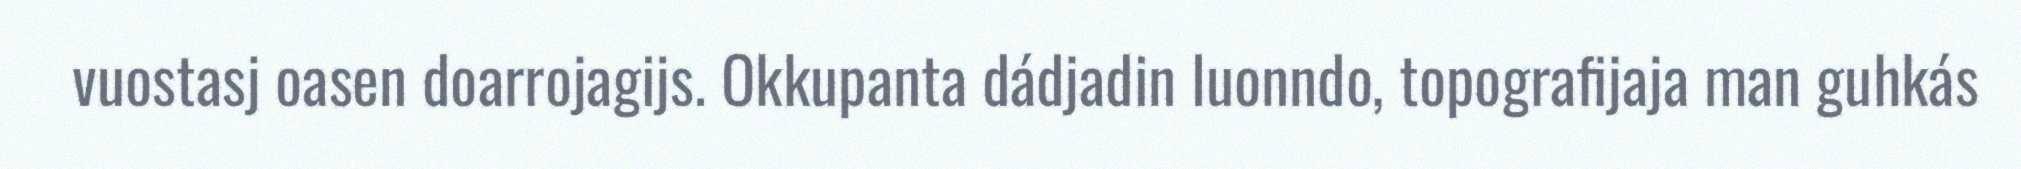
vuostasj oasen doarrojagijs. Okkupanta dádjadin luonndo, topografijaja man guhkás